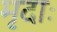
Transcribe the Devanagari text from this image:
मृदाः